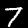
Digit: 7